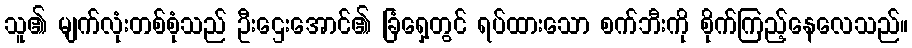
သူ၏ မျက်လုံးတစ်စုံသည် ဦးဌေးအောင်၏ ခြံရှေ့တွင် ရပ်ထားသော စက်ဘီးကို စိုက်ကြည့်နေလေသည်။